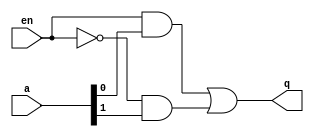
`timescale 1ns / 1ps
//////////////////////////////////////////////////////////////////////////////////
// Company: 
// Engineer: 
// 
// Design Name: 
// Module Name:    Mux_2x1 
// Project Name: 
// Target Devices: 
// Tool versions: 
// Description: 
//
// Dependencies: 
//
// Revision: 
// Revision 0.01 - File Created
// Additional Comments: 
//
//////////////////////////////////////////////////////////////////////////////////
module Mux_2x1(
input wire [1:0] a,
input wire en,
output wire q
    );
assign q= en&a[0] | !(en)&a[1];
endmodule